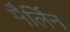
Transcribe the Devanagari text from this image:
मैर्लिन